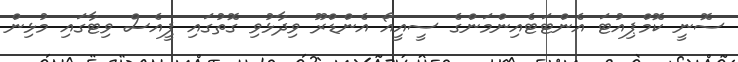
ސޮނީ ކޮމްޕިއުޓަ އެންޓަޓެއިންމަންގެ ސީއީއޯ އެންޑްރޫ ވިދާޅުވި ގޮތުގައި ޕީއެސް ވިޓާގައި މުޅިން